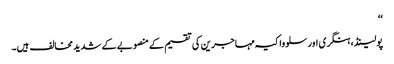
‘‘
پولینڈ، ہنگری اور سلوواکیہ مہاجرین کی تقسیم کے منصوبے کے شدید مخالف ہیں۔